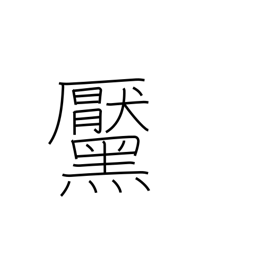
Meaning: mole